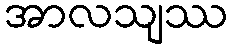
အာလသျဿ